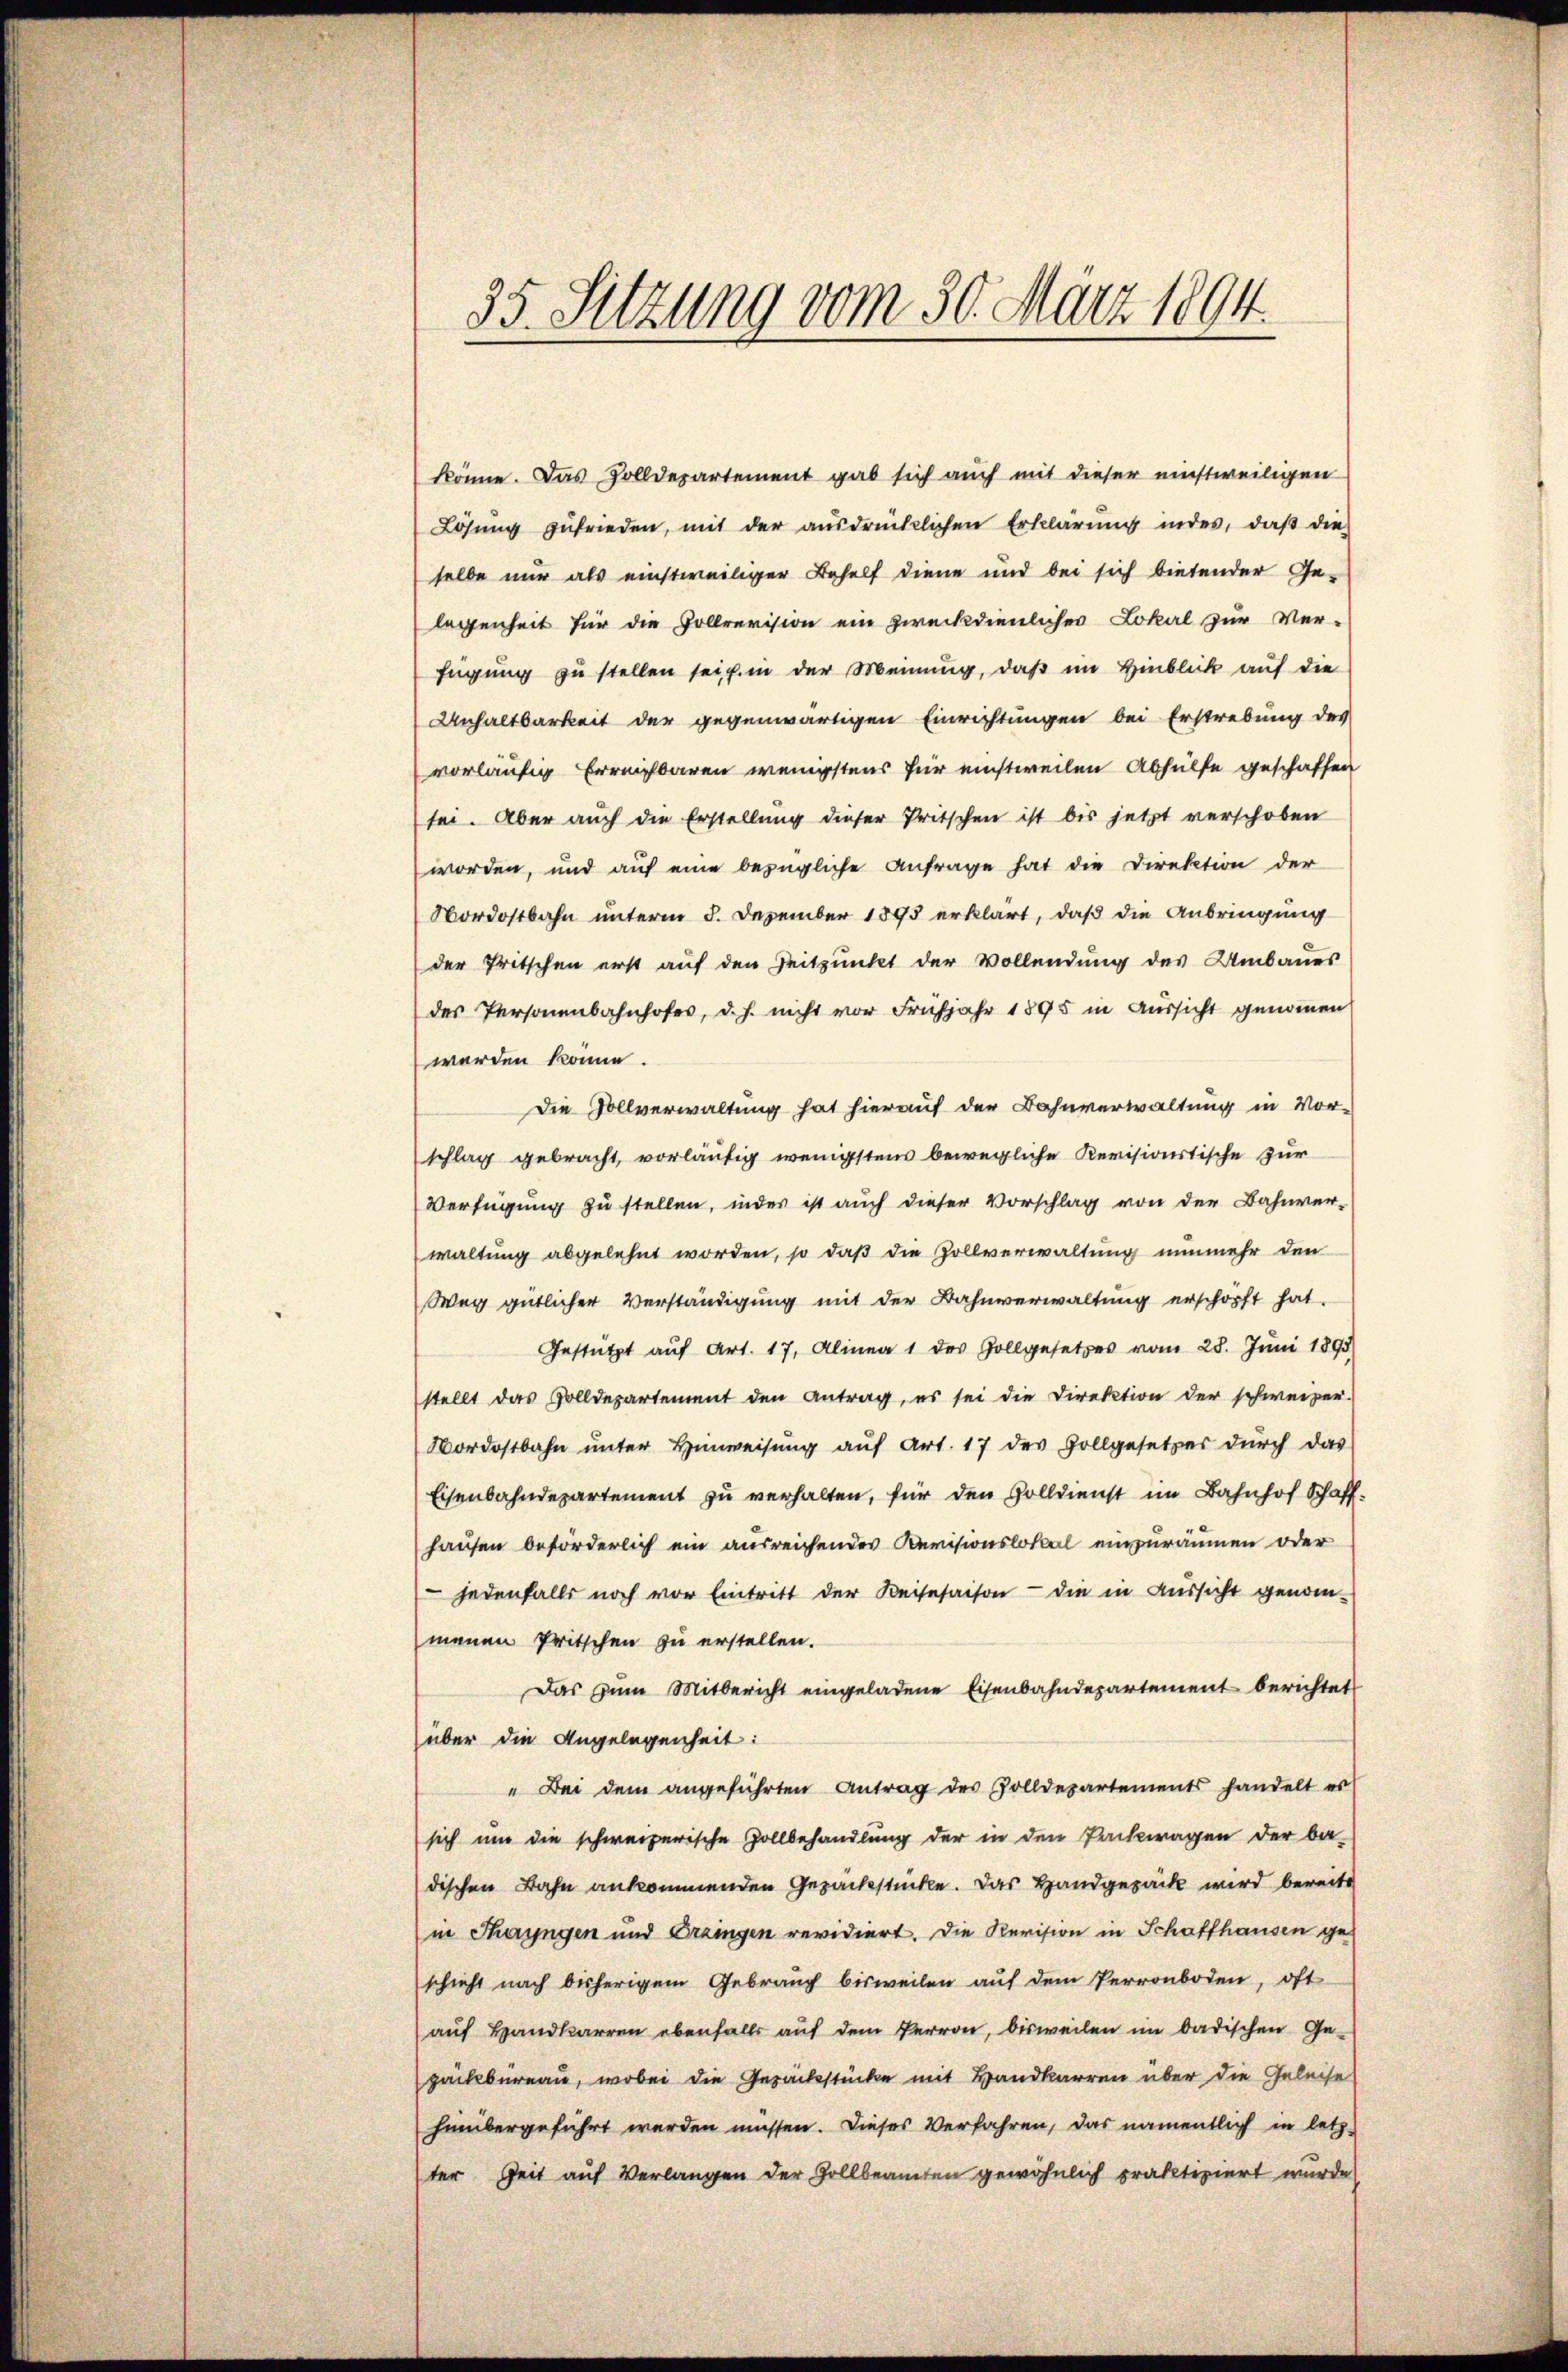
35. Sitzung vom 30. März 1894.

könne. Das Zolldepartement gab sich auch mit dieser einstweiligen
Lösŭng zufrieden, mit der aŭsdrücklichen Erklärŭng indes, daβ die
selbe nur als einstweiliger Behelf diene und bei sich bietender Ge-
legenheit für die Hollrevision ein zweckdienliches Lokal zur Ver-
fügung zu stellen sei, u. in der Meinung, daß im Hinblick auf die
Anhaltbarkeit der gegenwärtigen Einrichtungen bei Erstrebung des
vorläufig Erreichbaren wenigstens für einstweilen Abhülfe geschaffen
sei. Aber auch die Erstellung dieser Pritschen ist bis jetzt verschoben
worden, und auf eine bezügliche Anfrage hat die Direktion der
Nordostbahn unterm 8. Dezember 1895 erklärt, daß die Anbringung
der Pritschen erst auf den Zeitpunkt der Vollendung des Umbaues
des Personenbahnhofes, d. h. nicht vor Frühjahr 1895 in Aussicht genommen
werden könne.
Die Sollverwaltung hat hierauf der Bahnverwaltung in Vor-
schlag gebracht, vorläufig wenigstens bewegliche Revisionstische zur
Verfügung zu stellen, inder ist auch dieser Vorschlag von der Bahnver-
waltung abgelehnt worden, so daß die Zollverwaltung nunmehr den
Weg gütlicher Verständigung mit der Bahnverwaltung erschöpft hat.
Gestützt aŭf Art. 17, Alinea 1 des Gollgesetzes vom 28. Juni 1893
stellt das Zolldepartement den Antrag, es sei die Direktion der schweizer-
Nordostbahn ŭnter Hinweisŭng aŭf Art. 17 des Gollgesetzes dŭrch das
Eisenbahndepartement zu verhalten, für den Volldienst im Bahnhof Schaff
hausen beförderlich ein ausreichendes Revisionslokal einzuräumen oder
 jedenfalls noch vor Eintritt der Keisesaison - die in Aussicht genom-
menen Pritschen zu erstellen.
Das zum Mitbericht eingeladene Eisenbahndepartement berichtet
über die Angelegenheit:
" Bei dem angeführten Antrag des Zolldepartements handelt es
sich um die schweizerische Zollbehandlung der in den Packwagen der ba-
dischen Bahn ankommenden Gezacksstücke. Das Handgesack wird bereits
in Thayngen und Erzingen revidiert. Die Revision in Schaffhausen ge-
schieht nach bisherigem Gebrauch bisweilen auf dem Perronboden, oft
auf Handkarren ebenfalls auf dem Perron, bisweilen im badischen Ge-
päckbüreau, wobei die Gesuchstücke mit Handkarren über die Geleise
hinübergeführt werden müssen. Dieses Verfahren, das namentlich in letz-
ter Zeit auf Verlangen der Gollbeamten gewöhnlich praktiziert wurde